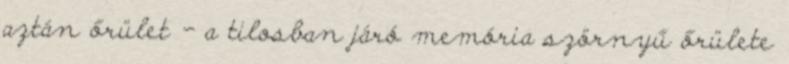
aztán őrület - a tilosban járó memória szörnyű őrülete